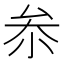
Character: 𠫭